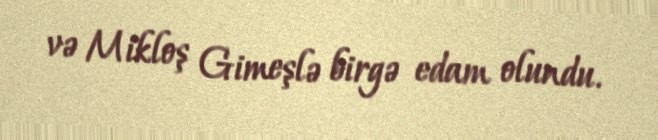
və Mikloş Gimeşlə birgə edam olundu.